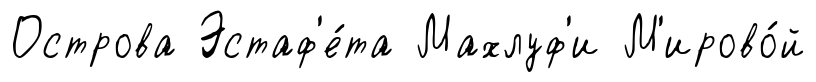
Острова Эстаф'е́та Махлуф'и М'ирово́й